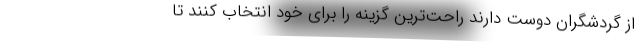
از گردشگران دوست دارند راحت‌ترین گزینه را برای خود انتخاب کنند تا